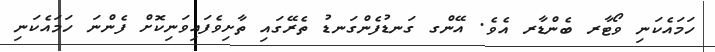
ހަމައެކަނި ވޯޓާރ ބެންޑާރ އެވެ. އޭންގ ގަނޑުފެންގަނޑު ތެރޭގައި ތާށިވެފައިވަނިކޮށް ފެންނަ ހަމައެކަނި